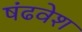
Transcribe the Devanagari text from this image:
षंढवेश